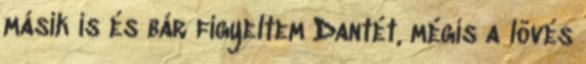
másik is és bár figyeltem Dantét, mégis a lövés